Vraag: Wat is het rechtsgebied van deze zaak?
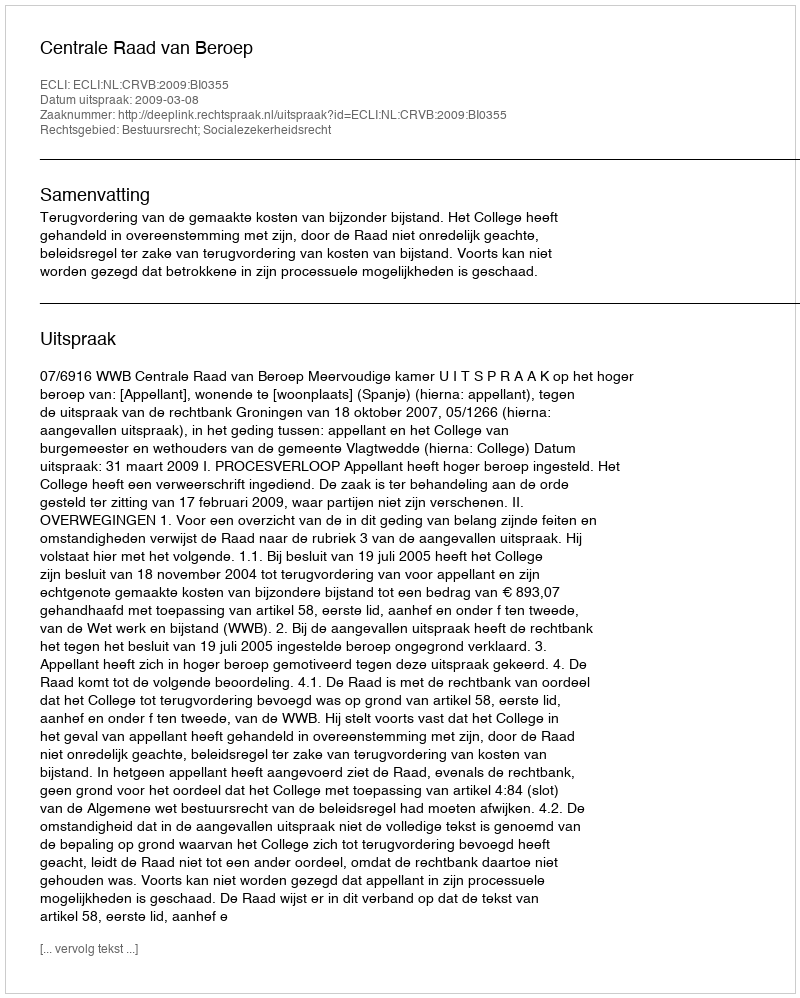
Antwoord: Bestuursrecht; Socialezekerheidsrecht